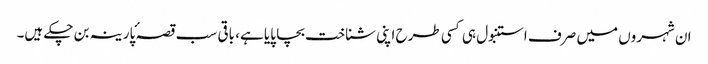
ان شہروں میں صرف استنبول ہی کسی طرح اپنی شناخت بچا پایا ہے، باقی سب قصہ ٔپارینہ بن چکے ہیں۔